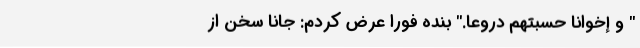
" و إخواناً حَسِبتُهُمُ دُروعاً." بنده فوراً ‌عرض کردم: جانا سخن از